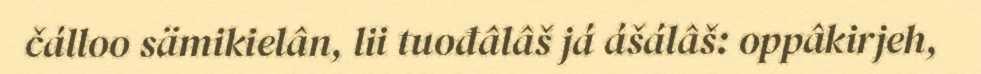
čálloo sämikielân, lii tuođâlâš já ášálâš: oppâkirjeh,